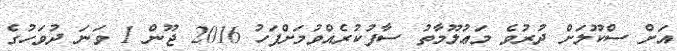
އަށް ސްކޫލަށް ދުރުވެ މަޢުލޫމާތު ސާފުކުރެއްވުމަށްފަހު 2016 ޖޫން 1 ވަނަ ދުވަހުގެ